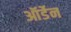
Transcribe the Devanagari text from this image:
ऑर्डेन